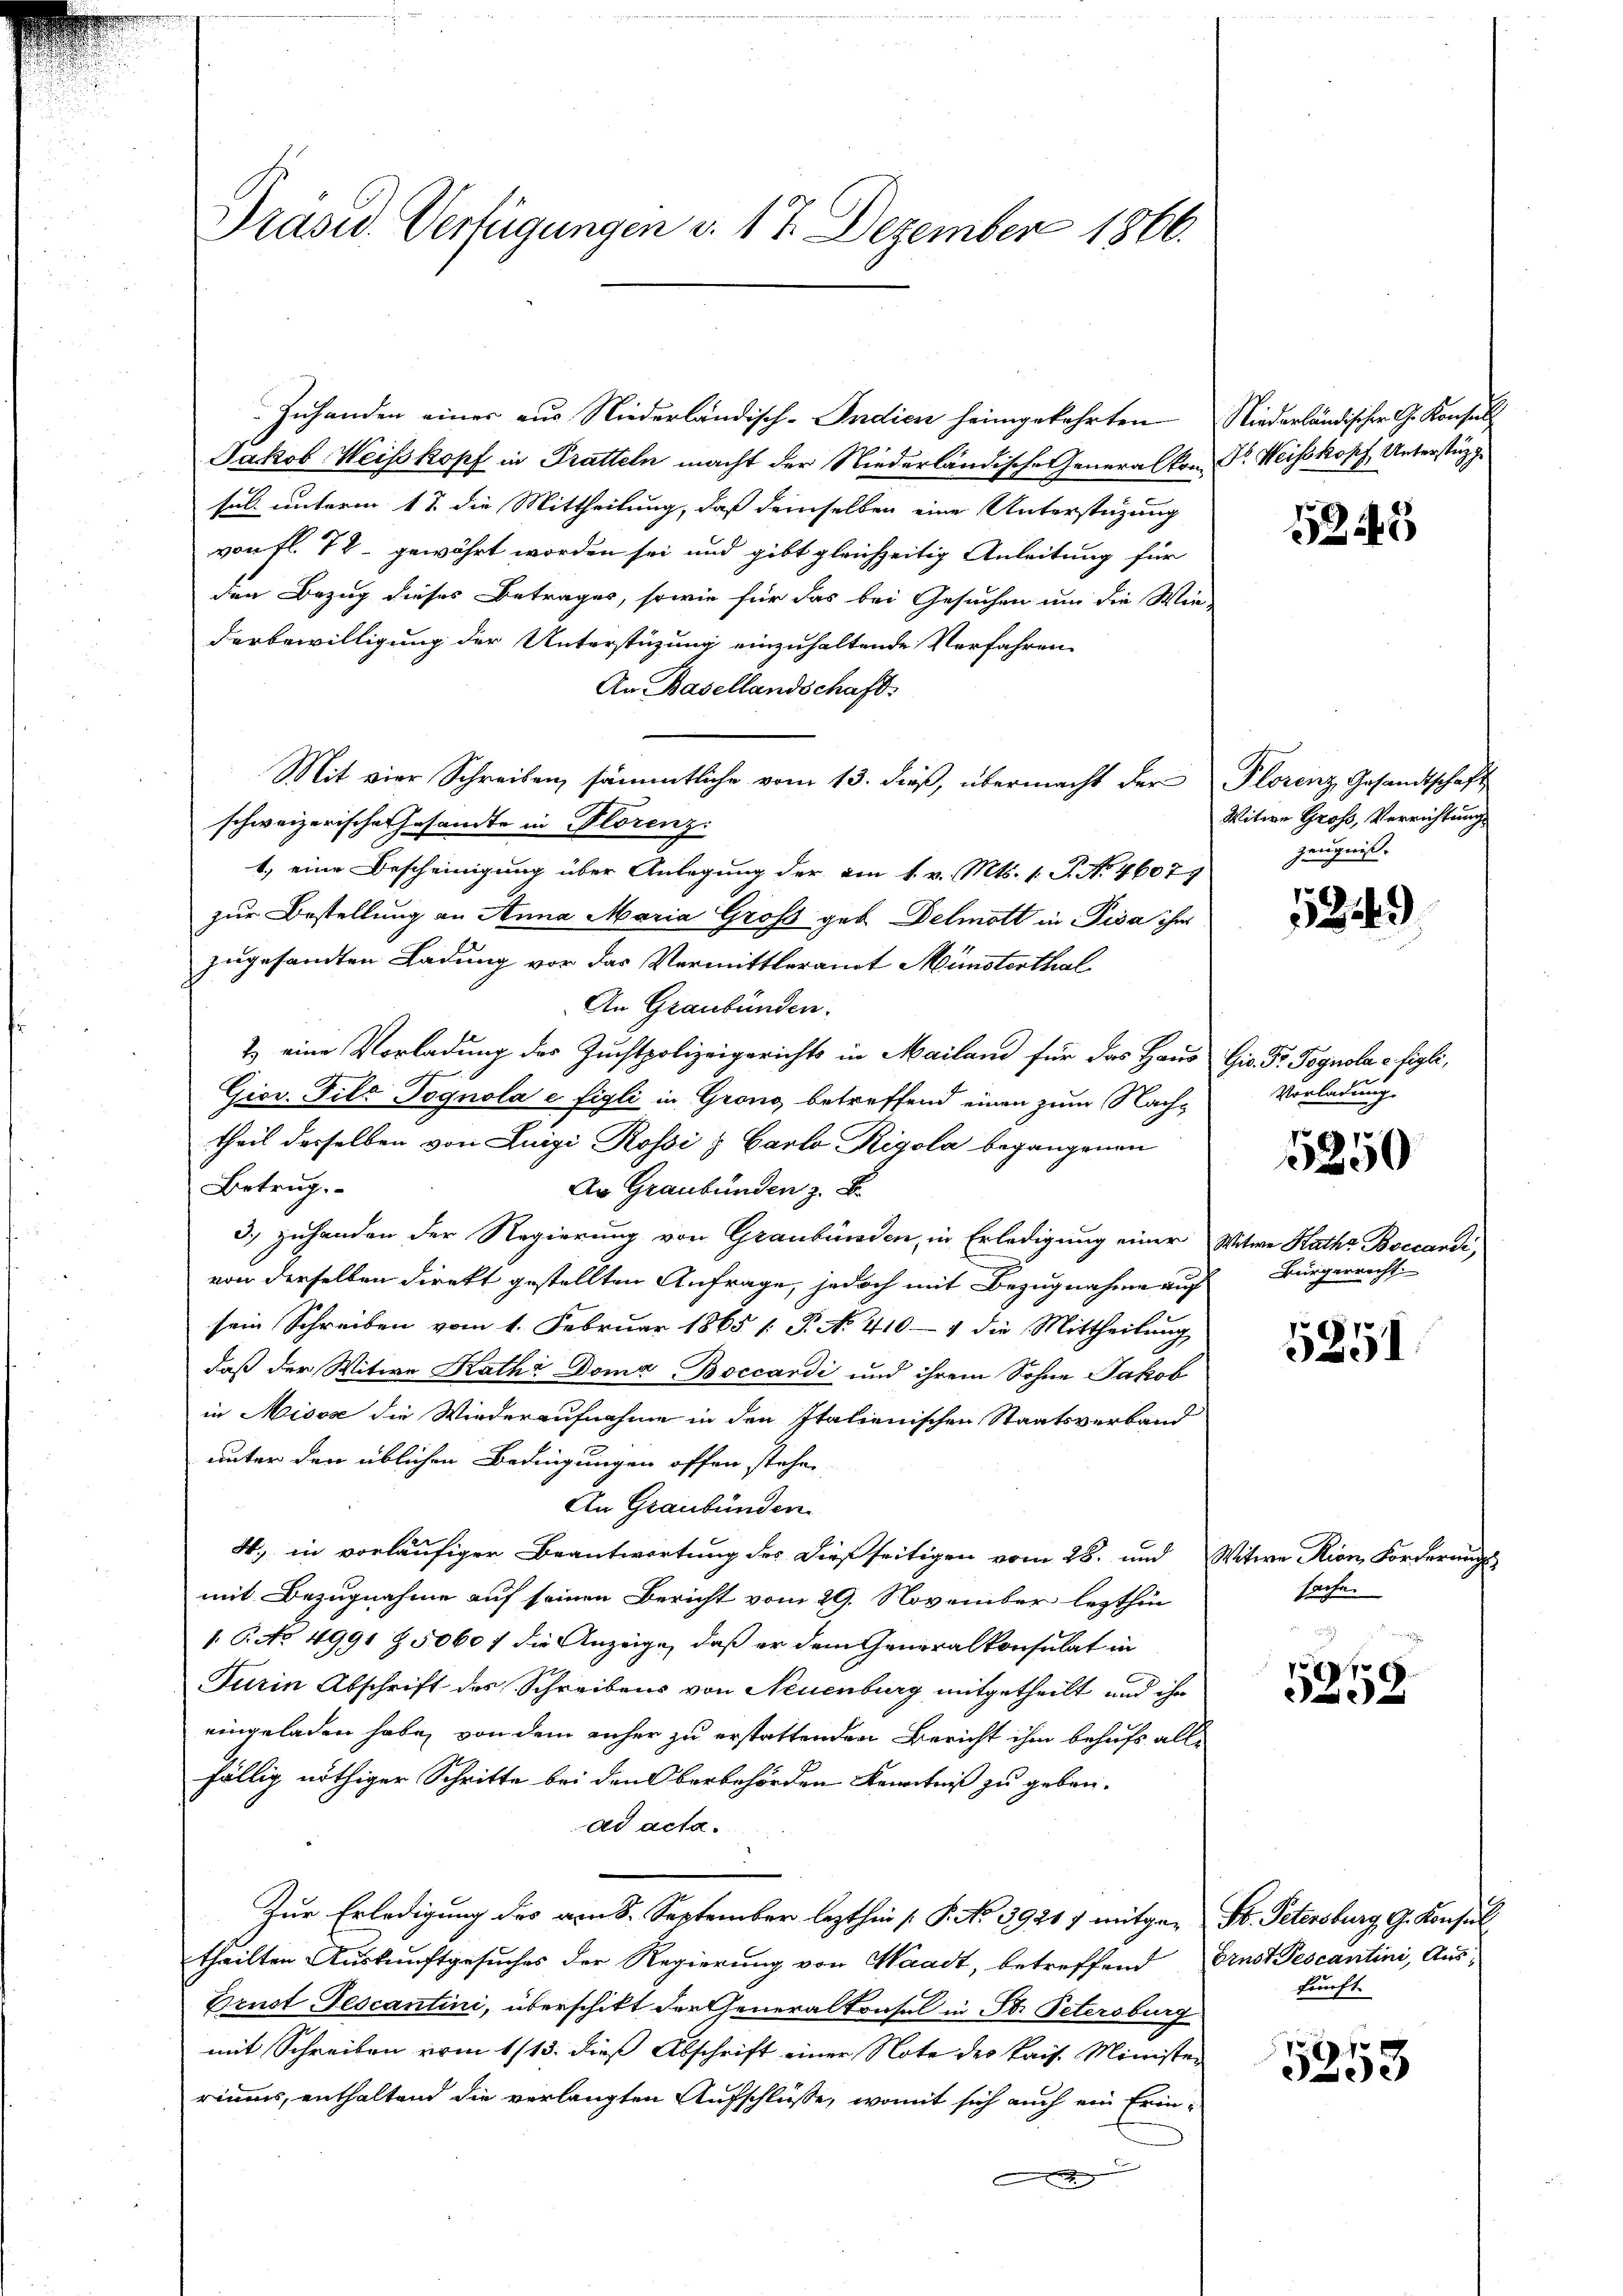
Präsid. Verfügungen d. 17. Dezember 1866.

Zuhanden einer aus Niederländisch-Indien heimgekehrten Niederländischer G. Konsul
Jakob Weiskopf in Pratteln macht der Niederländische Generalkon G. Weisskopf Unterstüzge
sel. unterm 1 t die Mittheilung, daß demselben eine Unterstüzung
von fl. 72 - gewährt worden sei und gibt gleichzeitig Anleitung für
den Bezug dieses Betrages, sowie für das bei Gesuchen um die Wie-
derbewilligung der Unterstüzung einzuhaltende Verfahren
An Basellandschaft.
Mit vier Schreiben sämmtliche vom 13. dieß, übermacht der Plorenz Gesandtschaft
schweizerische Gesandte in Florenz
1) eine Bescheinigung über Anlegung der am 1. v. Mts. 1. P. Nr. 4607
zur Bestellung an Anna Maria Groß geb. Delmött in Pisa ihr
zugesandten Ladung vor das Vermittleramt Münsterthal¬
An Graubünden.
2) eine Vorladung des Zuchtpolizeigerichts in Mailand für das Haus Gio. Gr. Pognola e. figli,
Giov. Filz Pognola e figli in Grong betreffend einen zum Nachtheil derselben von Luigi Rossi & Carlo Rigola begangenen
Betrug.
An Graubünden z. B.
3.) Zuhanden der Regierung von Graubünden, in Erledigung einer
von derselben direkt gestellten Anfrage, jedoch mit Bezugnahme auf
sein Schreiben vom 1. Februar 1865 1: P. No 410-4 die Mittheilung
daß der Witwe Rath Doma Boccardi und ihrem Sohne Jakob
in Misos die Wiederaufnahme in den Italienischen Staatsverband
unter den üblichen Bedingungen offen stehe,
An Graubünden.
4. in vorläufiger Beantwortung des dießseitigen vom 28. und Witwe Rion, Forderung
mit Bezugnahme auf seinen Bericht vom 29. November lezthin
1. P. No 4991 § 5060 f die Anzeige, daß er dem Generalkonsulat in
Furin Abschrift des Schreibens von Neuenburg mitgetheilt und ihr
eingeladen habe, von dem anher zu erstattenden Bericht ihm behufs alle
fällig nöthiger Schritte bei den Oberbehörden Kenntniß zu geben.
ad acta.
Zur Erledigung des am 8. September lezthin /: P. No 39217 mitger St. Petersburg G. Konsul
theilten Auskunftgesuches der Regierung von Waadt, betreffend Ernst Pescantini, Aus¬
Brust Gescantini, überschikt der Generalkonsul in St. Petersburg
mit Schreiben vom 1/13. dieß Abschrift einer Note des kais. Minister
riums, enthaltend die verlangten Aufschlüsse, womit sich auch ein Erin-

52443

Witwe Groß, Verrichtungs
Zeugniß.

12249

Vorladung.

5250

Witwe Katha Boccandi,
Bürgerrecht |

5251

sache.

f
02

kunft

5358